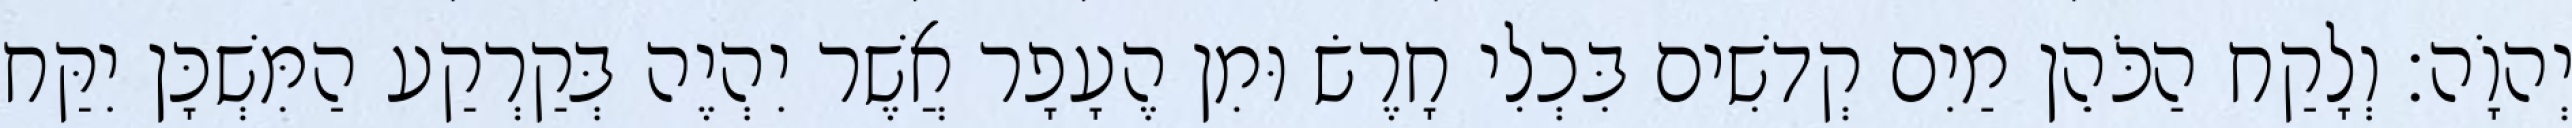
יְהוָֹה׃ וְלָקַח הַכֹּהֵן מַיִם קְדשִׁים בִּכְלִי חָרֶשׂ וּמִן הֶעָפָר אֲשֶׁר יִהְיֶה בְּקַרְקַע הַמִּשְׁכָּן יִקַּח